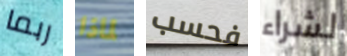
ربما لماذا فحسب لشراء